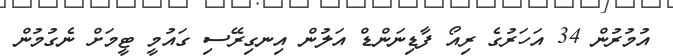
އުމުރުން 34 އަހަރުގެ ރިއޯ ފާޑިނަންޑް އަލުން އިނގިރޭސި ގައުމީ ޓީމަށް ނެގުމުން